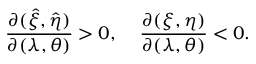
\frac { \partial ( \hat { \xi } , \hat { \eta } ) } { \partial ( \lambda , \theta ) } > 0 , \; \; \; \; \frac { \partial ( \xi , \eta ) } { \partial ( \lambda , \theta ) } < 0 .